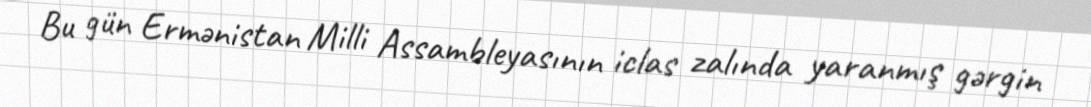
Bu gün Ermənistan Milli Assambleyasının iclas zalında yaranmış gərgin